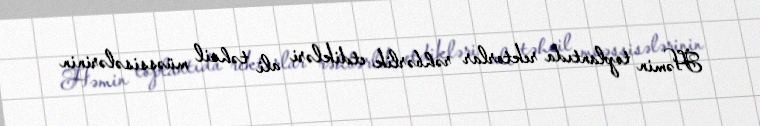
Həmin toplantıda rektorlar rəhbərlik etdikləri ali təhsil müəssisələrinin